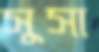
সুসা